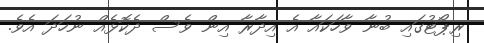
ރިޕޯޓުގައި ބުނާ ވާހަކައާ އެ އިދާރާ އިން ވެސް ދެކޮޅެއް ނުހަދަ އެވެ.